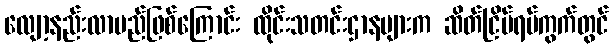
လျော့နည်းလာမည်ဖြစ်ကြောင်း ထိုင်းသတင်းဌာနများက ဆိတ်ငြိမ်ရပ်ကွက်တွင်